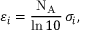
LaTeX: \varepsilon _ { i } = { \frac { \mathrm { N _ { A } } } { \ln { 1 0 } } } \, \sigma _ { i } ,